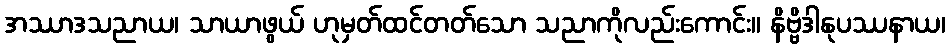
အဿာဒသညာယ၊ သာယာဖွယ် ဟုမှတ်ထင်တတ်သော သညာကိုလည်းကောင်း။ နိဗ္ဗိဒါနုပဿနာယ၊